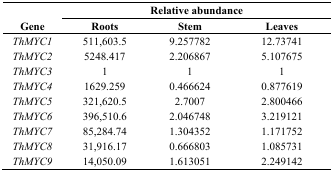
<table><thead><tr><td></td><td colspan="3"><b>Relative abundance</b></td></tr><tr><td><b>Gene</b></td><td><b>Roots</b></td><td><b>Stem</b></td><td><b>Leaves</b></td></tr></thead><tbody><tr><td><i>ThMYC1</i></td><td>511,603.5</td><td>9.257782</td><td>12.73741</td></tr><tr><td><i>ThMYC2</i></td><td>5248.417</td><td>2.206867</td><td>5.107675</td></tr><tr><td><i>ThMYC3</i></td><td>1</td><td>1</td><td>1</td></tr><tr><td><i>ThMYC4</i></td><td>1629.259</td><td>0.466624</td><td>0.877619</td></tr><tr><td><i>ThMYC5</i></td><td>321,620.5</td><td>2.7007</td><td>2.800466</td></tr><tr><td><i>ThMYC6</i></td><td>396,510.6</td><td>2.046748</td><td>3.219121</td></tr><tr><td><i>ThMYC7</i></td><td>85,284.74</td><td>1.304352</td><td>1.171752</td></tr><tr><td><i>ThMYC8</i></td><td>31,916.17</td><td>0.666803</td><td>1.085731</td></tr><tr><td><i>ThMYC9</i></td><td>14,050.09</td><td>1.613051</td><td>2.249142</td></tr></tbody></table>